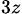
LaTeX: _{3z}